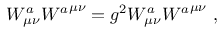
{ { \cal W } _ { \mu \nu } ^ { a } } { { \cal W } ^ { a } } ^ { \mu \nu } = g ^ { 2 } W _ { \mu \nu } ^ { a } { { W ^ { a } } ^ { \mu \nu } } \, \, ,